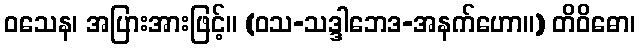
ဝသေန၊ အပြားအားဖြင့်။ (ဝသ-သဒ္ဒါဘေဒ-အနက်ဟော။) တိဝိဓော၊